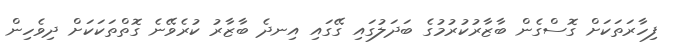
ފިހާރަތަކަށް ގޮސްގެން ބާޒާރުކުރުމުގެ ބަދަލުގައި ގޭގައި އިނދެ ބާޒާރު ކުރެވޭނެ ގޮތްތަކަކަށް ދިވެހިން